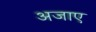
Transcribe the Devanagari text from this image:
अजाए